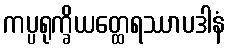
ကပ္ပရုက္ခိယတ္ထေရဿာပဒါနံ